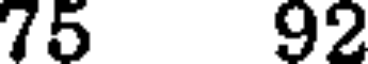
75 92